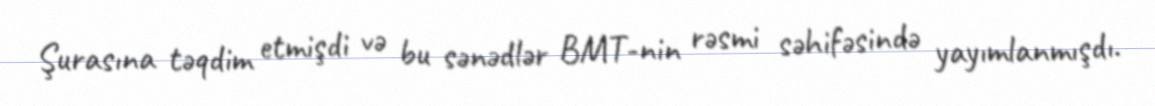
Şurasına təqdim etmişdi və bu sənədlər BMT-nin rəsmi səhifəsində yayımlanmışdı.